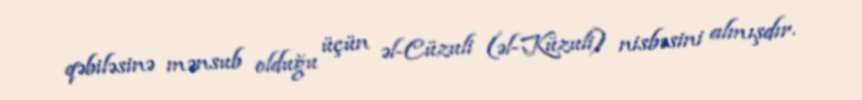
qəbiləsinə mənsub olduğu üçün əl-Cüzuli (əl-Küzuli) nisbəsini almışdır.